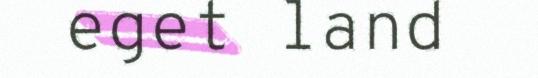
eget land